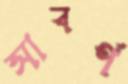
সাবর্ণ